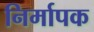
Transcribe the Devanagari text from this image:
निर्मापक